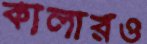
কালারও